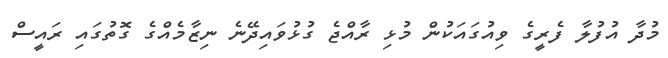
މުދާ އުފުލާ ފެރީގެ ވިއުގައަކުން މުޅި ރާއްޖެ ގުޅުވައިދޭނެ ނިޒާމެއްގެ ގޮތުގައި ރައީސް